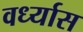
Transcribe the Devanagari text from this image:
वर्ध्यास